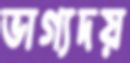
ভাগ্যদয়